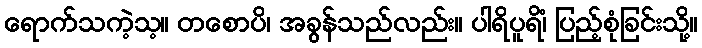
ရောက်သကဲ့သ့။ တစောပိ၊ အခွန်သည်လည်း။ ပါရိပူရိံ၊ ပြည့်စုံခြင်းသို့။